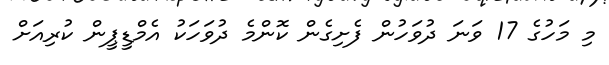
މި މަހުގެ 17 ވަނަ ދުވަހުން ފެށިގެން ކޮންމެ ދުވަހަކު އެމްޑީޕީން ކުރިއަށް